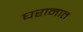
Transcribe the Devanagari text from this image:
घरानात